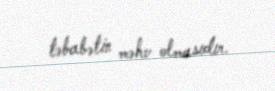
təbabətin məhv olmasıdır.